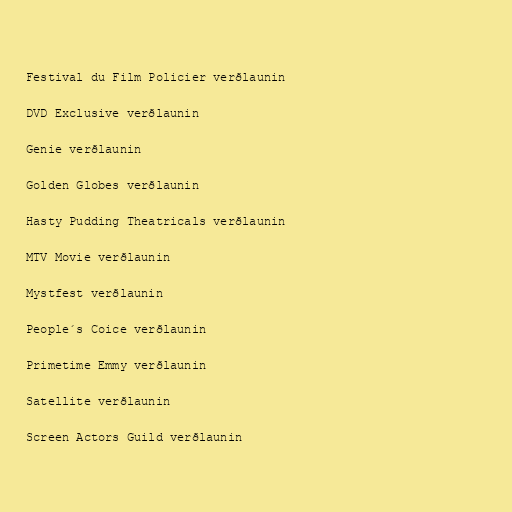
Festival du Film Policier verðlaunin

DVD Exclusive verðlaunin

Genie verðlaunin

Golden Globes verðlaunin

Hasty Pudding Theatricals verðlaunin

MTV Movie verðlaunin

Mystfest verðlaunin

People´s Coice verðlaunin

Primetime Emmy verðlaunin

Satellite verðlaunin

Screen Actors Guild verðlaunin